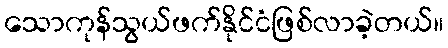
သောကုန်သွယ်ဖက်နိုင်ငံဖြစ်လာခဲ့တယ်။